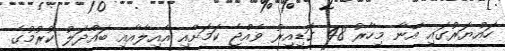
ހައްޔަރުގައި އޭނާ މިހާރު 48 ގަޑިއިރު ވެއްޖެ ކަމަށާއި އާއިލާއާއި ބައްދަލު ކުރުމުގެ